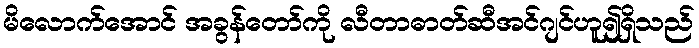
မိလောက်အောင် အခွန်တော်ကို လီတာဓာတ်ဆီအင်ဂျင်ဟူ၍ရှိသည်